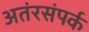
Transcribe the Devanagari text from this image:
अतंरसंपर्क